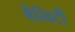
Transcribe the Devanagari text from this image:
बैनिटी